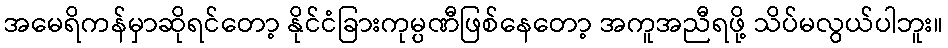
အမေရိကန်မှာဆိုရင်တော့ နိုင်ငံခြားကုမ္ပဏီဖြစ်နေတော့ အကူအညီရဖို့ သိပ်မလွယ်ပါဘူး။